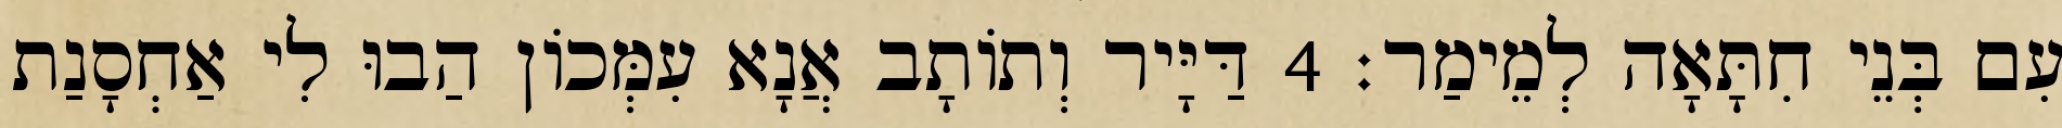
עִם בְּנֵי חִתָּאָה לְמֵימַר׃ 4 דַּיָּיר וְתוֹתָב אֲנָא עִמְּכוֹן הַבוּ לִי אַחְסָנַת